Report on sanitation, dispensaries, and jails in Rajputana for 1909, and on vaccination for the year 1909-1910 - 1909-1910
Year: 1909
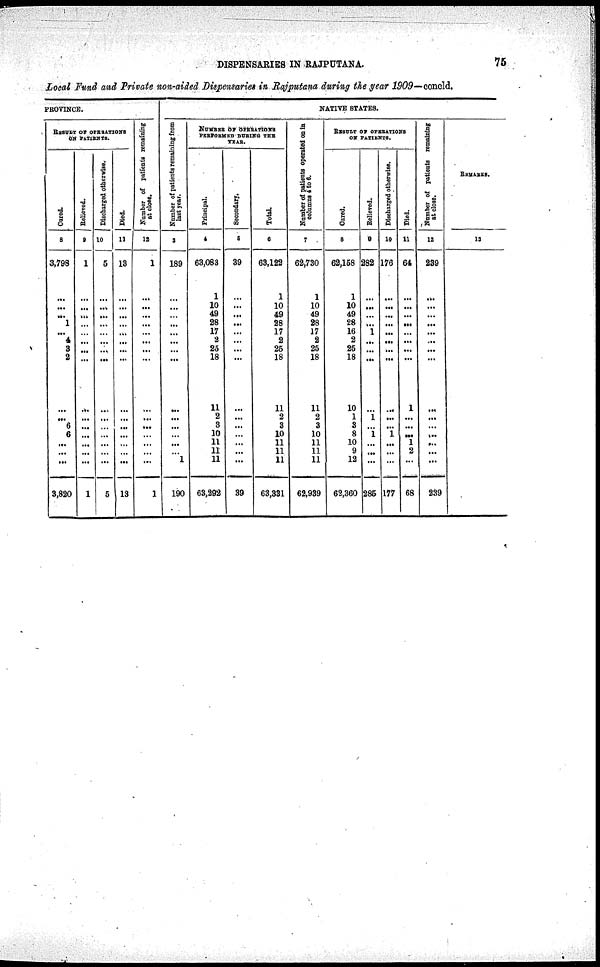
DISPENSARIES IN RAJPUTANA.
75
Local Fund and Private non-aided Dispensaries in Rajputana during the year 1909—concld.
PROVINCE.
RESULT OF OPERATIONS
ON PATIENTS.
Cured.
8
3,798
...
...
...
1
...
4
3
2
...
...
6
6
...
...
...
3,820
Relieved.
9
1
...
...
...
...
...
...
...
...
...
...
...
...
...
...
...
1
Discharged otherwise.
10
5
...
...
...
...
...
...
...
...
...
...
...
...
...
...
...
5
Died.
11
13
...
...
...
...
...
...
...
...
...
...
...
...
...
...
...
13
Number of petients remaining
at close.
12
1
...
...
...
...
...
...
...
...
...
...
...
...
...
...
...
1
NATIVE STATES.
Number of patients remaining from
last
year.
3
189
...
...
...
...
...
...
...
...
...
...
...
...
...
1 ...
190
NUMBER OF OPERATIONS
PERFORMED DURING THE
YEAR.
Principal.
4
63,083
1
10
49
28
17
2
25
18
11
2
3
10
11
11
11
63,292
Secondary.
5
39
...
...
...
...
...
...
...
...
...
...
...
...
...
... ...
39
Total.
6
63,122
1
10
49
28
17
2
25
18
11
2
3
10
11
11
11
63,331
Number of patients
operated on in
columns 4 to 6.
7
62,730
1
10
49
28
17
2
25
18
11
2
3
10
11
11
11
62,939
RESULT OF OPERATIONS
ON PATIENTS.
Cured.
8
62,158
1
10
49
28
16
2
25
18
10
1
3
8
10
9
12
62,360
Relieved.
9
282
...
...
...
...
1
...
...
...
...
1
...
1
...
...
...
285
Discharged otherwise.
10
176
...
...
...
...
...
...
...
...
...
...
...
1
...
...
...
177
Died.
11
64
...
...
...
...
...
...
...
...
1
...
...
...
1
2
...
68
Number of patients remaining
at close.
12
239
...
...
...
...
...
...
...
...
...
...
...
...
...
...
...
239
REMARKS.
13